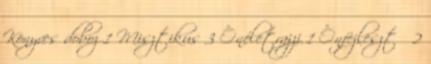
Könyves doboz 1 Misztikus 3 Önéletrajzi 1 Önfejlesztő 2